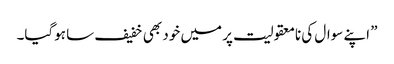
” اپنے سوال کی نامعقولیت پر میں خود بھی خفیف سا ہوگیا۔